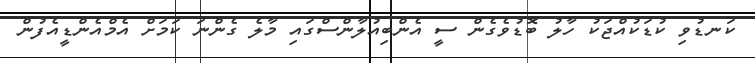
ކަނޑުވި ކުޑަކުއްޖަކު ހާލު ބޮޑުވެގެން ސީ އެންބިއުލާންސްގައި މާލެ ގެންނަ ކަމަށް އެމްއެންޑީއެފުން